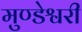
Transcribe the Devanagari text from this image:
मुण्डेश्वरी